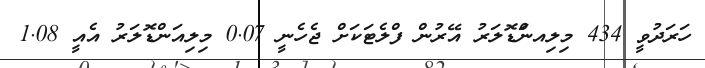
ހަރަދުވީ 434 މިލިއނަްޑޮލަރު އޭރުން ފްލެޓަކަށް ޖެހެނީ 0.07 މިލިއަންޑޮލަރު އެއީ 1.08